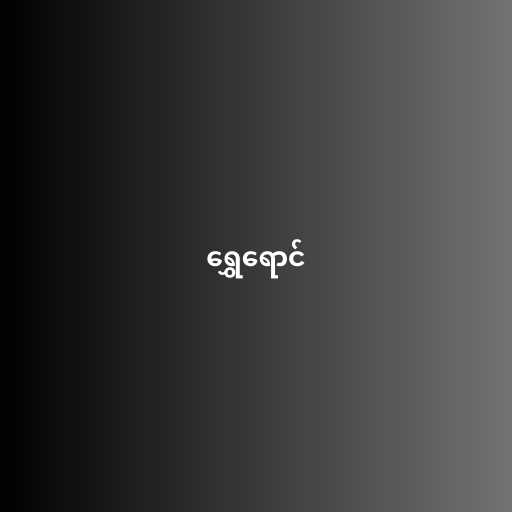
ရွှေရောင်